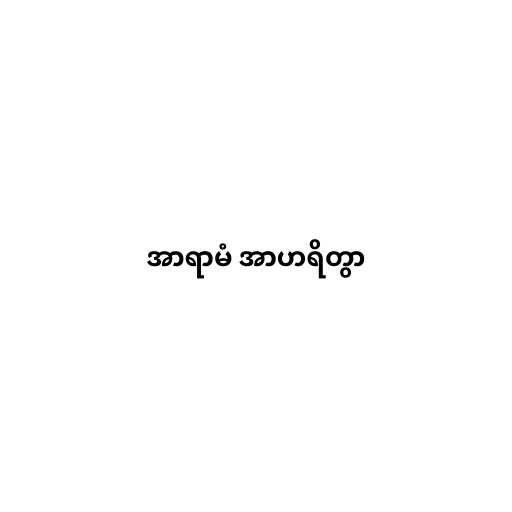
အာရာမံ အာဟရိတွာ